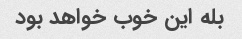
بله این خوب خواهد بود